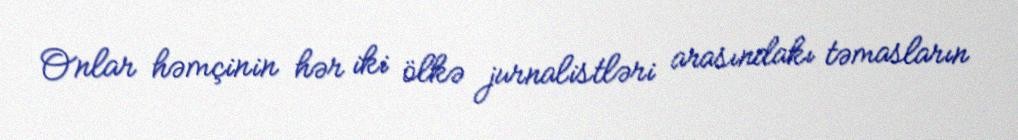
Onlar həmçinin hər iki ölkə jurnalistləri arasındakı təmasların